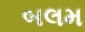
બલમ